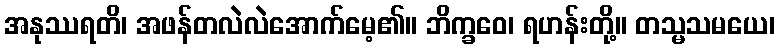
အနုဿရတိ၊ အဖန်တလဲလဲအောက်မေ့၏။ ဘိက္ခဝေ၊ ရဟန်းတို့။ တသ္မသမယေ၊